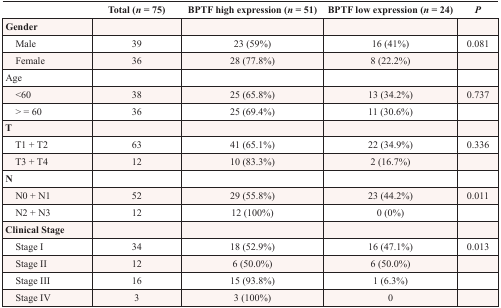
<table><thead><tr><td></td><td><b>Total (<i>n</i> = 75)</b></td><td><b>BPTF high expression (<i>n</i> = 51)</b></td><td><b>BPTF low expression (<i>n</i> = 24)</b></td><td><b><i>P</i></b></td></tr></thead><tbody><tr><td>Gender</td><td></td><td></td><td></td><td></td></tr><tr><td> Male</td><td>39</td><td>23 (59%)</td><td>16 (41%)</td><td>0.081</td></tr><tr><td> Female</td><td>36</td><td>28 (77.8%)</td><td>8 (22.2%)</td><td></td></tr><tr><td>Age</td><td></td><td></td><td></td><td></td></tr><tr><td> &lt;60</td><td>38</td><td>25 (65.8%)</td><td>13 (34.2%)</td><td>0.737</td></tr><tr><td> &gt; = 60</td><td>36</td><td>25 (69.4%)</td><td>11 (30.6%)</td><td></td></tr><tr><td><b>T</b></td><td></td><td></td><td></td><td></td></tr><tr><td> T1 + T2</td><td>63</td><td>41 (65.1%)</td><td>22 (34.9%)</td><td>0.336</td></tr><tr><td> T3 + T4</td><td>12</td><td>10 (83.3%)</td><td>2 (16.7%)</td><td></td></tr><tr><td><b>N</b></td><td></td><td></td><td></td><td></td></tr><tr><td> N0 + N1</td><td>52</td><td>29 (55.8%)</td><td>23 (44.2%)</td><td>0.011</td></tr><tr><td> N2 + N3</td><td>12</td><td>12 (100%)</td><td>0 (0%)</td><td></td></tr><tr><td><b>Clinical Stage</b></td><td></td><td></td><td></td><td></td></tr><tr><td> Stage I</td><td>34</td><td>18 (52.9%)</td><td>16 (47.1%)</td><td>0.013</td></tr><tr><td> Stage II</td><td>12</td><td>6 (50.0%)</td><td>6 (50.0%)</td><td></td></tr><tr><td> Stage III</td><td>16</td><td>15 (93.8%)</td><td>1 (6.3%)</td><td></td></tr><tr><td> Stage IV</td><td>3</td><td>3 (100%)</td><td>0</td><td></td></tr></tbody></table>